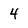
Character: 4